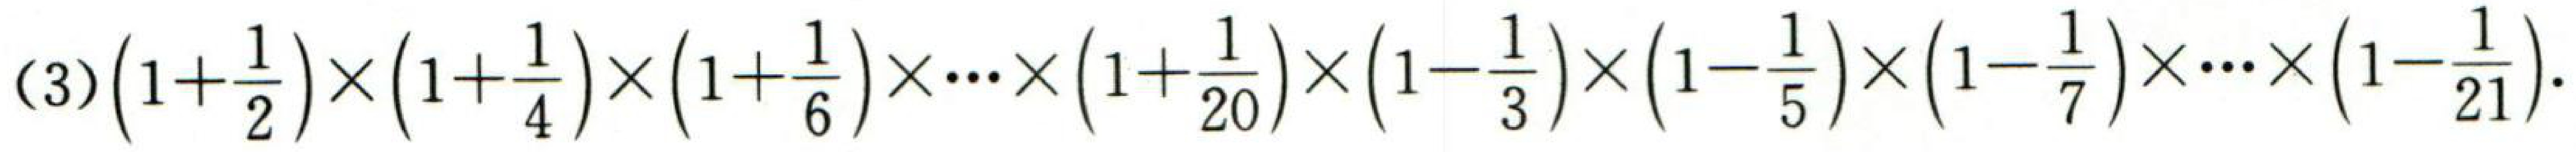
(3)$\left(1 + \dfrac{1}{2}\right)\times\left(1+\dfrac{1}{4}\right)\times\left(1+\dfrac{1}{6}\right)\times\cdots\times\left(1+\dfrac{1}{20}\right)\times\left(1 - \dfrac{1}{3}\right)\times\left(1-\dfrac{1}{5}\right)\times\left(1-\dfrac{1}{7}\right)\times\cdots\times\left(1-\dfrac{1}{21}\right).$